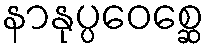
နာနုပ္ပဝေစ္ဆေ